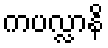
ကပလ္လာနိ